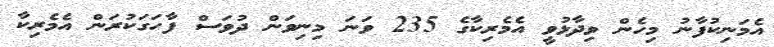
އެމަނިކުފާނު މިހެން ވިދާޅުވީ އެމެރިކާގެ 235 ވަނަ މިނިވަން ދުވަސް ފާހަގަކުރަން އެމެރިކާ